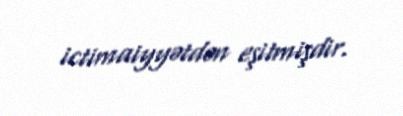
ictimaiyyətdən eşitmişdir.